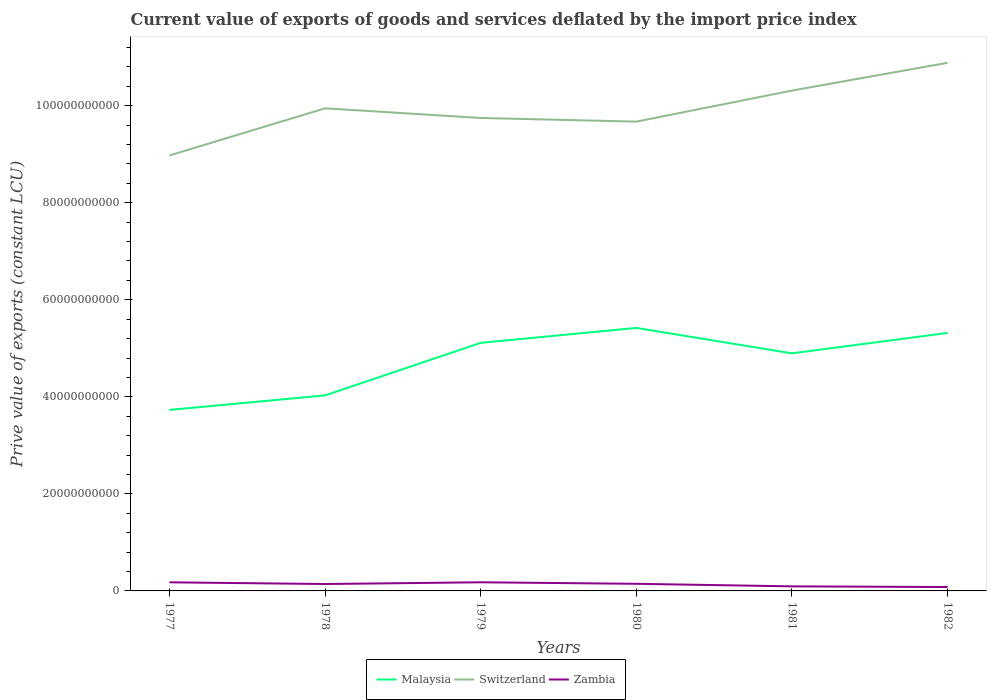
| Years | Malaysia | Switzerland | Zambia |
 | --- | --- | --- | --- |
 | 1977 | 3.73e+10 | 8.97e+10 | 1.77e+09 |
 | 1978 | 4.03e+10 | 9.95e+10 | 1.42e+09 |
 | 1979 | 5.11e+10 | 9.75e+10 | 1.78e+09 |
 | 1980 | 5.42e+10 | 9.67e+10 | 1.47e+09 |
 | 1981 | 4.9e+10 | 1.03e+11 | 9.42e+08 |
 | 1982 | 5.32e+10 | 1.09e+11 | 8.01e+08 |